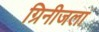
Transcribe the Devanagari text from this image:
ग्रिनीजला